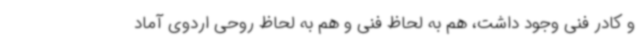
و کادر فنی وجود داشت، هم به لحاظ فنی و هم به لحاظ روحی اردوی آماد